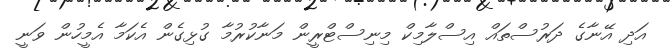
އަދި އޭނާގެ ދަރުސްތައް އިސްލާމިކް މިނިސްޓްރީން މަނާކުރުމާ ގުޅިގެން އެކަމާ އެމީހުން ވަނީ